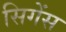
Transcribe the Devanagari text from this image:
सिगेंस